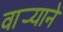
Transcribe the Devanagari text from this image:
वार्‍याने